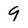
Character: 9